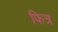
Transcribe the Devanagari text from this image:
फित्र